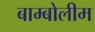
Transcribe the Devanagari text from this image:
बाम्बोलीम